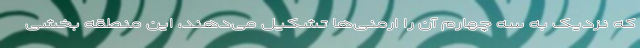
که نزدیک به سه چهارم آن را ارمنی‌ها تشکیل می‌دهند، این منطقه بخشی